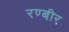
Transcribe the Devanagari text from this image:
रण्बीर